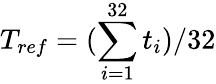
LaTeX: T_{ref}=(\sum_{i=1}^{32}t_{i})/32